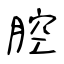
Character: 腔